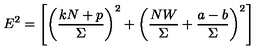
E ^ { 2 } = \left[ \left( \frac { k N + p } { \Sigma } \right) ^ { 2 } + \left( \frac { N W } { \Sigma } + \frac { a - b } { \Sigma } \right) ^ { 2 } \right]